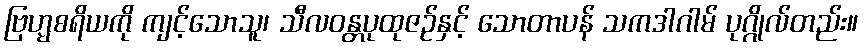
ဗြဟ္မစရိယကို ကျင့်သောသူ၊ သီလဝန္တပုထုဇဉ်နှင့် သောတာပန် သကဒါဂါမ် ပုဂ္ဂိုလ်တည်း။